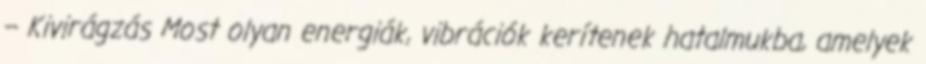
– Kivirágzás Most olyan energiák, vibrációk kerítenek hatalmukba, amelyek